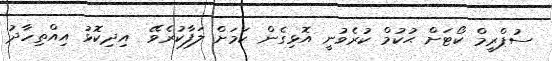
ސުޕްރީމް ކޯޓަށް ޙުކުމް ކުރެވުނީ އޮޅިގެން ކަމަށް ލަފާކުރެވޭ  އިދިކޮޅު އިއްތިހާދު